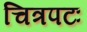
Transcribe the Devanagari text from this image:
चित्रपटः